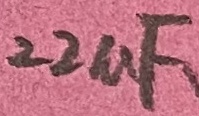
Text: 22uF